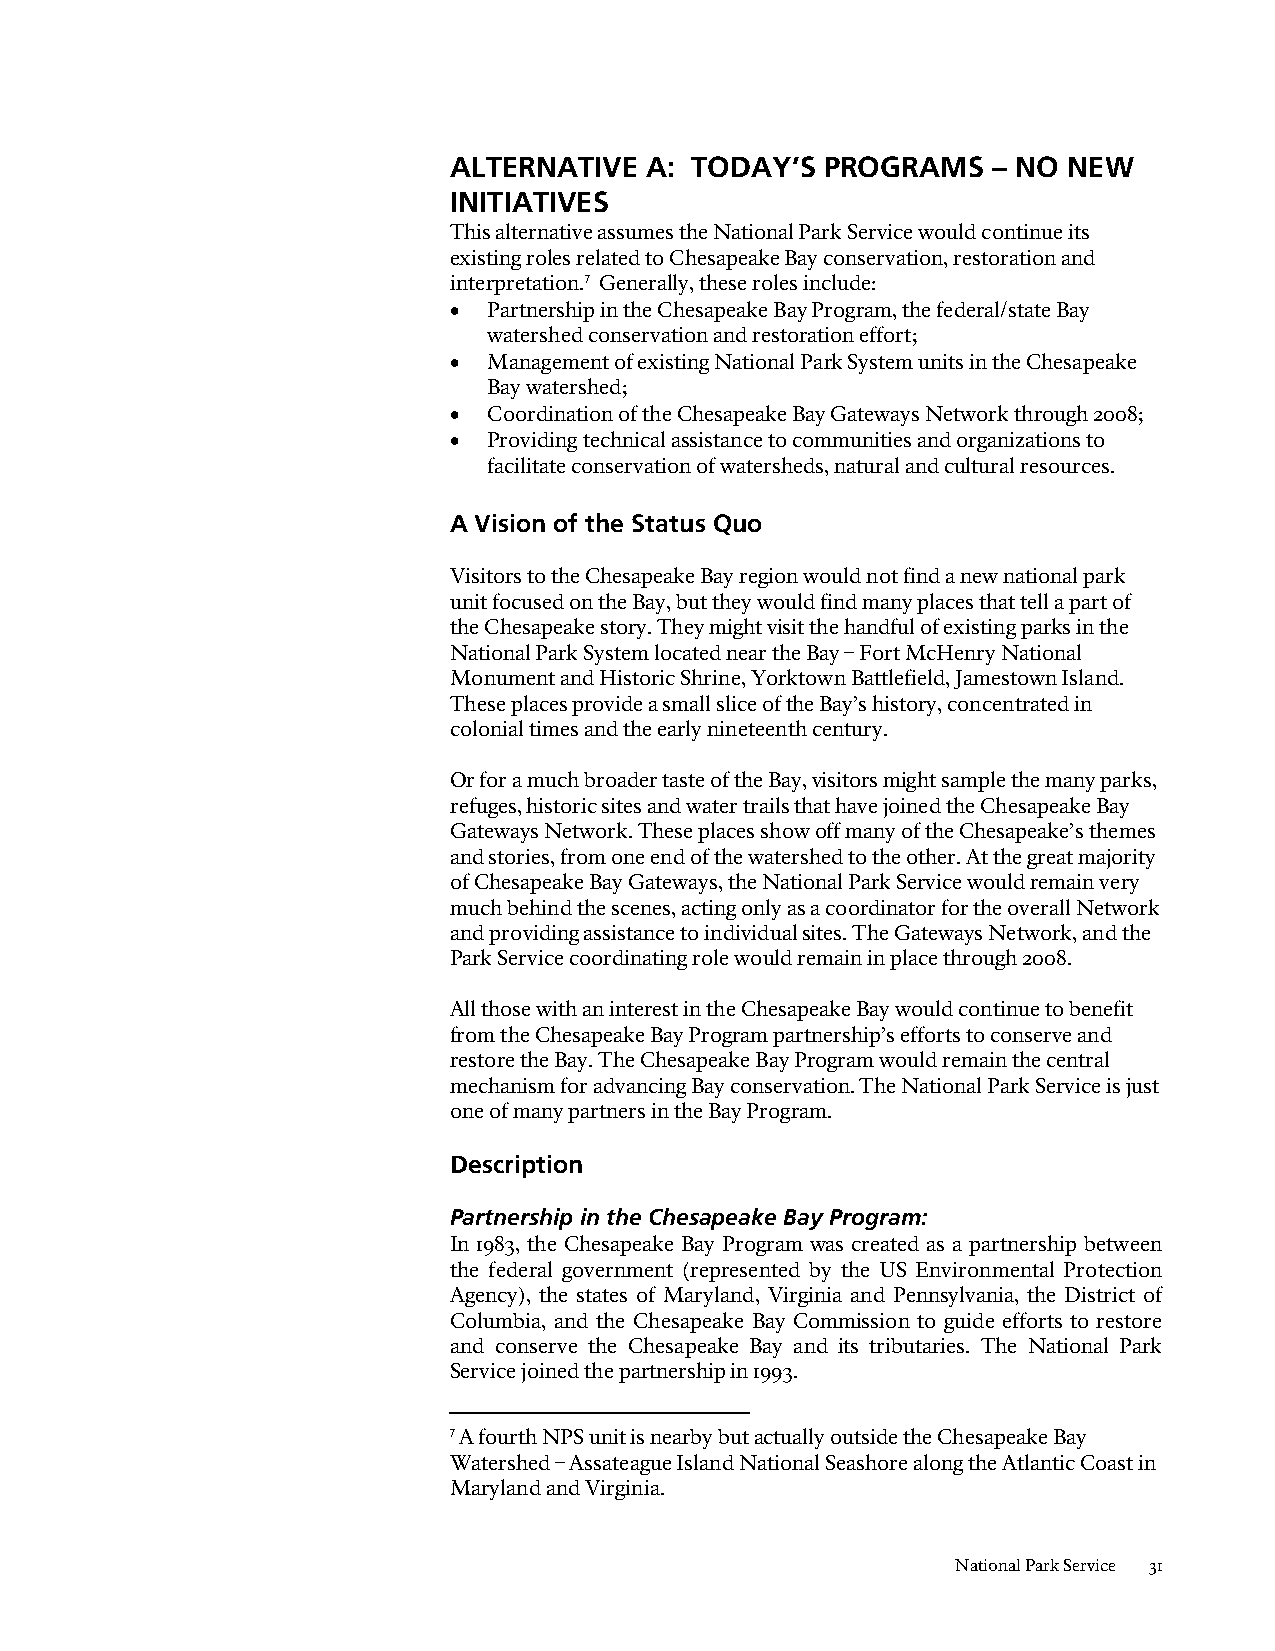
ALTERNATIVE  A: TODAY’S  PROGRAMS   – NO NEW
 INITIATIVES
 This alternative assumes the National Park Service would continue its
 existing roles related to Chesapeake Bay conservation, restoration and
 interpretation.7 Generally, these roles include:
 • Partnership in the Chesapeake Bay Program, the federal/state Bay
 watershed conservation and restoration effort;
 • Management of existing National Park System units in the Chesapeake
 Bay watershed;
 • Coordination of the Chesapeake Bay Gateways Network through 2008;
 • Providing technical assistance to communities and organizations to
 facilitate conservation of watersheds, natural and cultural resources.
 A Vision of the Status Quo
 Visitors to the Chesapeake Bay region would not find a new national park
 unit focused on the Bay, but they would find many places that tell a part of
 the Chesapeake story. They might visit the handful of existing parks in the
 National Park System located near the Bay – Fort McHenry National
 Monument and Historic Shrine, Yorktown Battlefield, Jamestown Island.
 These places provide a small slice of the Bay’s history, concentrated in
 colonial times and the early nineteenth century.
 Or for a much broader taste of the Bay, visitors might sample the many parks,
 refuges, historic sites and water trails that have joined the Chesapeake Bay
 Gateways Network. These places show off many of the Chesapeake’s themes
 and stories, from one end of the watershed to the other. At the great majority
 of Chesapeake Bay Gateways, the National Park Service would remain very
 much behind the scenes, acting only as a coordinator for the overall Network
 and providing assistance to individual sites. The Gateways Network, and the
 Park Service coordinating role would remain in place through 2008.
 All those with an interest in the Chesapeake Bay would continue to benefit
 from the Chesapeake Bay Program partnership’s efforts to conserve and
 restore the Bay. The Chesapeake Bay Program would remain the central
 mechanism for advancing Bay conservation. The National Park Service is just
 one of many partners in the Bay Program.
 Description
 Partnership in the Chesapeake Bay Program:
 In 1983, the Chesapeake Bay Program was created as a partnership between
 the federal government (represented by the US Environmental Protection
 Agency), the states of Maryland, Virginia and Pennsylvania, the District of
 Columbia, and the Chesapeake Bay Commission to guide efforts to restore
 and conserve the Chesapeake Bay and its tributaries. The National Park
 Service joined the partnership in 1993.
 7 A fourth NPS unit is nearby but actually outside the Chesapeake Bay
 Watershed – Assateague Island National Seashore along the Atlantic Coast in
 Maryland and Virginia.
 National Park Service 31